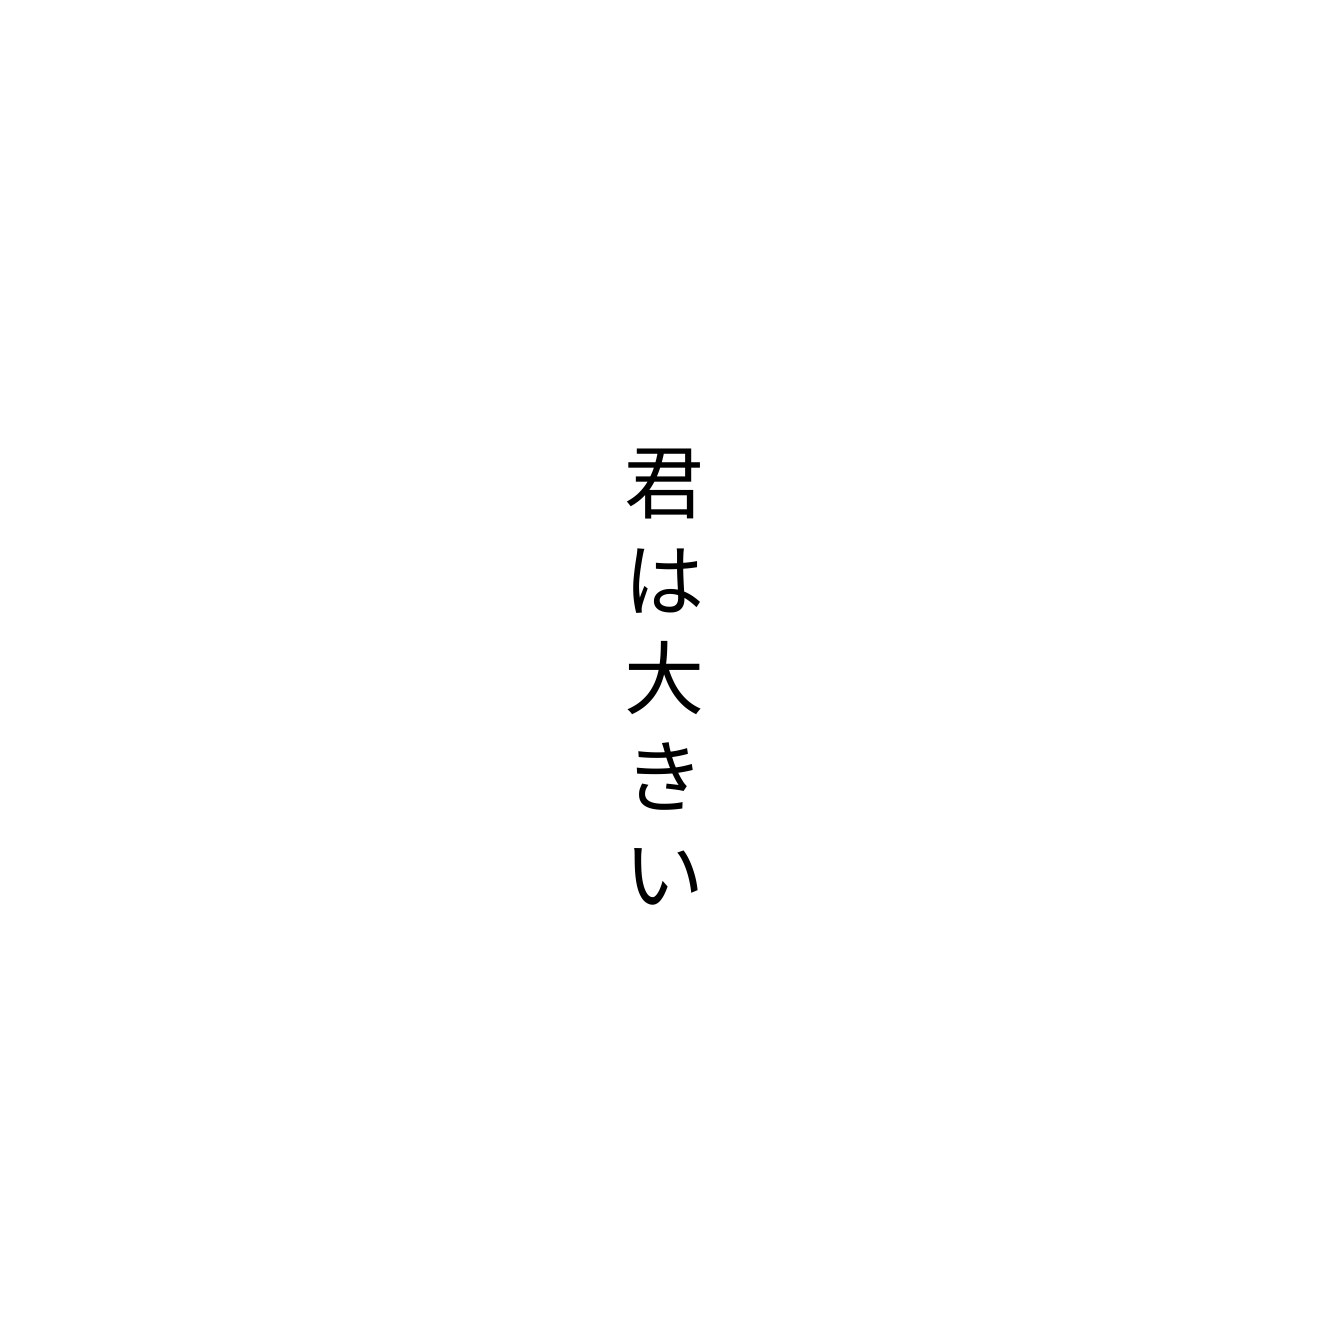
君は大きい